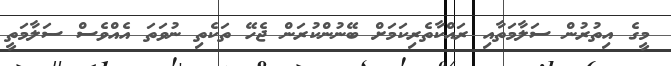
މީގެ އިތުރުން ސަލާމަތާއި ރައްކާތެެރިކަމަށް ބޭނުންކުރަން ޖެހޭ ތަކެތި ނުވަތަ އެއްވެސް ސަލާމަތީ